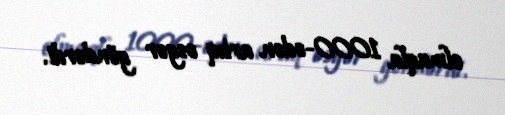
olmaqla 1000-ədən artıq əsgər göndərdi.